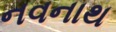
નવનાથ